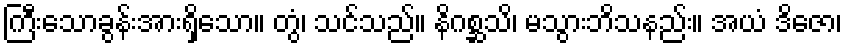
ကြီးသောခွန်းအားရှိသော။ တွံ၊ သင်သည်။ နိဂစ္ဆသိ၊ မသွားဘိသနည်း။ အယံ ဒိဇော၊